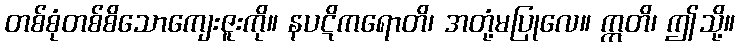
တစ်စုံတစ်စိသောကျေးဇူးကို။ နပဋိကရောတိ၊ အတုံ့မပြုလေ။ ဣတိ၊ ဤသို့။